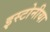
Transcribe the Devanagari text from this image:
इस्टोनीया